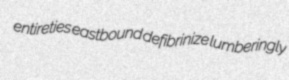
entireties eastbound defibrinize lumberingly